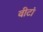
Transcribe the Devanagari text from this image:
वीटां